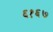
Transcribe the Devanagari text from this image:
६१६७